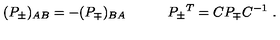
( P _ { \pm } ) _ { A B } = - ( P _ { \mp } ) _ { B A } \qquad \quad P _ { \pm } { } ^ { T } = C P _ { \mp } C ^ { - 1 } \ .